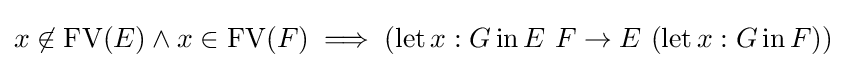
x\not \in \operatorname {FV} (E)\land x\in \operatorname {FV} (F)\implies (\operatorname {let} x:G\operatorname {in} E\ F\to E\ (\operatorname {let} x:G\operatorname {in} F))